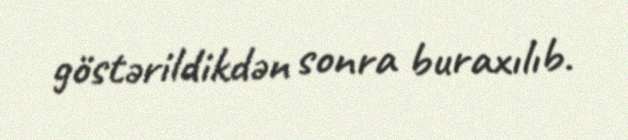
göstərildikdən sonra buraxılıb.